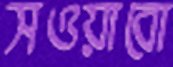
সওয়াবো